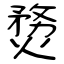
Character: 熃